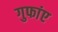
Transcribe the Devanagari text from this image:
गुफांए